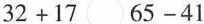
$$3 2 + 1 7 \circ 6 5 - 4 1$$ $